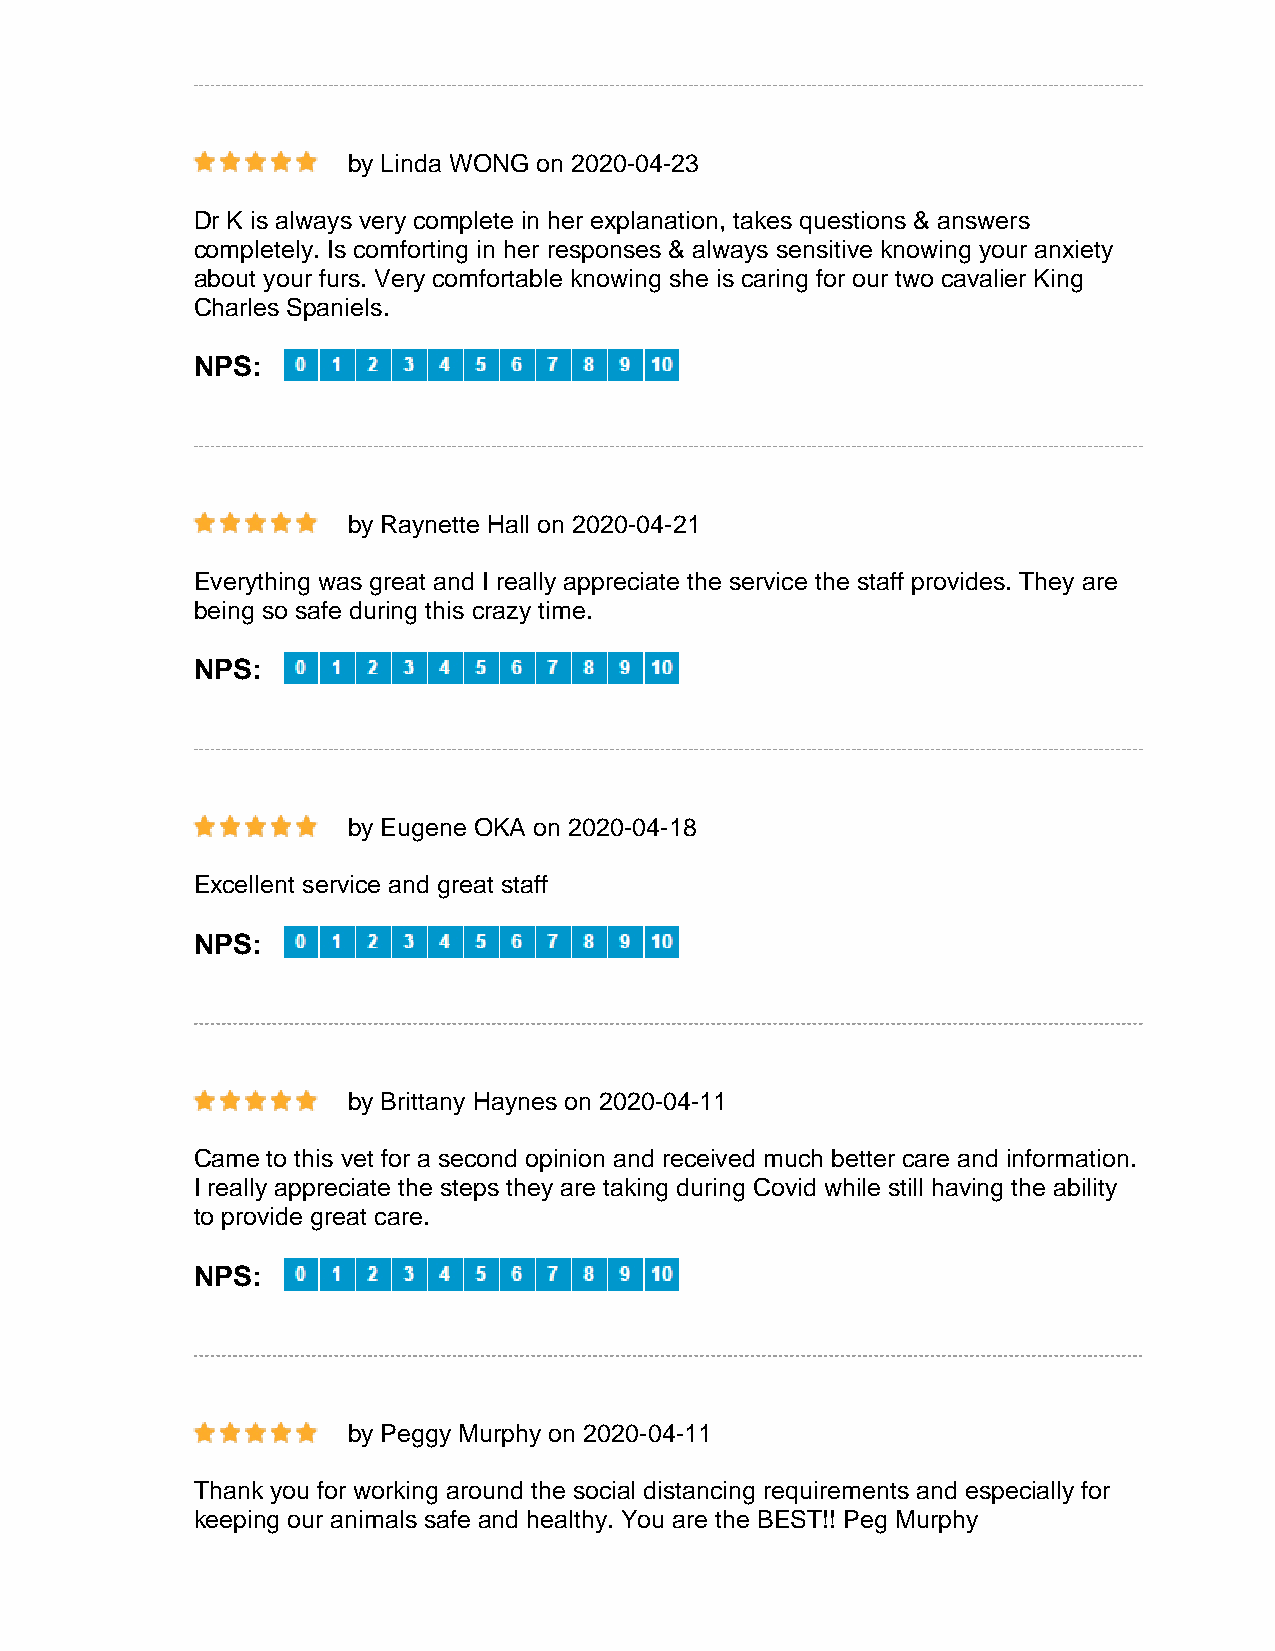
by Linda WONG on 2020-04-23
 Dr K is always very complete in her explanation, takes questions & answers
 completely. Is comforting in her responses & always sensitive knowing your anxiety
 about your furs. Very comfortable knowing she is caring for our two cavalier King
 Charles Spaniels.
 NPS:
 by Raynette Hall on 2020-04-21
 Everything was great and I really appreciate the service the staff provides. They are
 being so safe during this crazy time.
 NPS:
 by Eugene OKA on 2020-04-18
 Excellent service and great staff
 NPS:
 by Brittany Haynes on 2020-04-11
 Came to this vet for a second opinion and received much better care and information.
 I really appreciate the steps they are taking during Covid while still having the ability
 to provide great care.
 NPS:
 by Peggy Murphy on 2020-04-11
 Thank you for working around the social distancing requirements and especially for
 keeping our animals safe and healthy. You are the BEST!! Peg Murphy